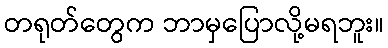
တရုတ်တွေက ဘာမှပြောလို့မရဘူး။